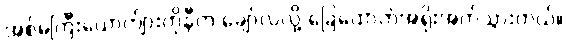
အစ်မကြီးယောက်ျားကိုနီက ချော်လဲလို့ ခြေထောက်အရိုးအက်သွားတယ်။